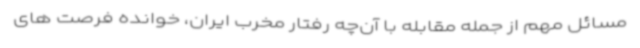
مسائل مهم از جمله مقابله با آن‌چه رفتار مخرب ایران، خوانده فرصت های